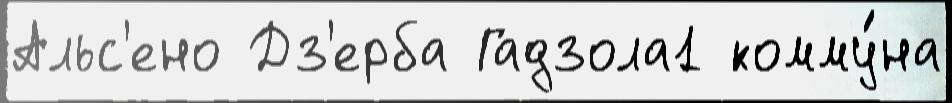
Альс'ено Дз'ерба Гадзола1 комму́на